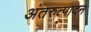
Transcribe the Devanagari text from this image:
अंतरुत्पादन